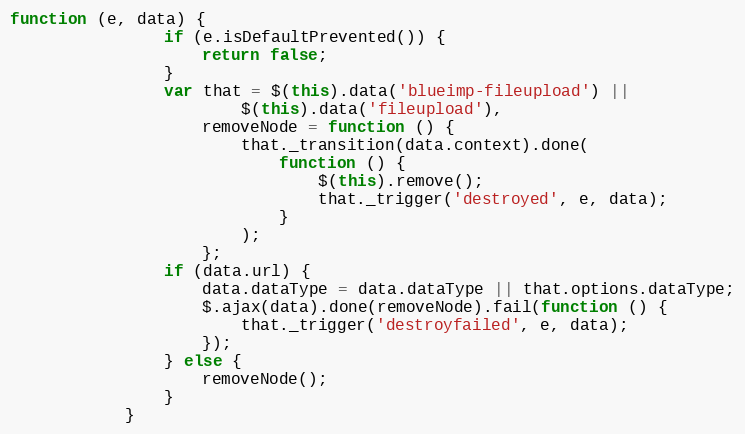
Language: JavaScript
function (e, data) {
                if (e.isDefaultPrevented()) {
                    return false;
                }
                var that = $(this).data('blueimp-fileupload') ||
                        $(this).data('fileupload'),
                    removeNode = function () {
                        that._transition(data.context).done(
                            function () {
                                $(this).remove();
                                that._trigger('destroyed', e, data);
                            }
                        );
                    };
                if (data.url) {
                    data.dataType = data.dataType || that.options.dataType;
                    $.ajax(data).done(removeNode).fail(function () {
                        that._trigger('destroyfailed', e, data);
                    });
                } else {
                    removeNode();
                }
            }